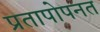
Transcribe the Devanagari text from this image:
प्रतापोपनत